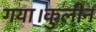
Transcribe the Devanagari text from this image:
गया।कुलीन